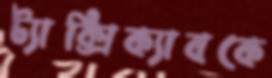
ট্যাক্সিক্যাবকে